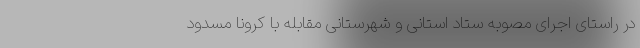
در راستای اجرای مصوبه ستاد استانی و شهرستانی مقابله با کرونا مسدود